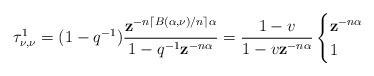
LaTeX: \begin{align*}\tau_{\nu,\nu}^1 = (1- q^{-1}) \dfrac{\mathbf{z}^{-n \lceil B(\alpha,\nu)/n \rceil \alpha}}{1 - q^{-1} \mathbf{z}^{-n\alpha}}= \dfrac{1-v}{1-v \mathbf{z}^{-n\alpha}} \begin{cases}\mathbf{z}^{-n\alpha} &\\1 &\end{cases} \end{align*}